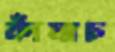
কাঁযাচ